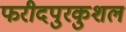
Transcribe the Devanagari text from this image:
फरीदपुरकुशल